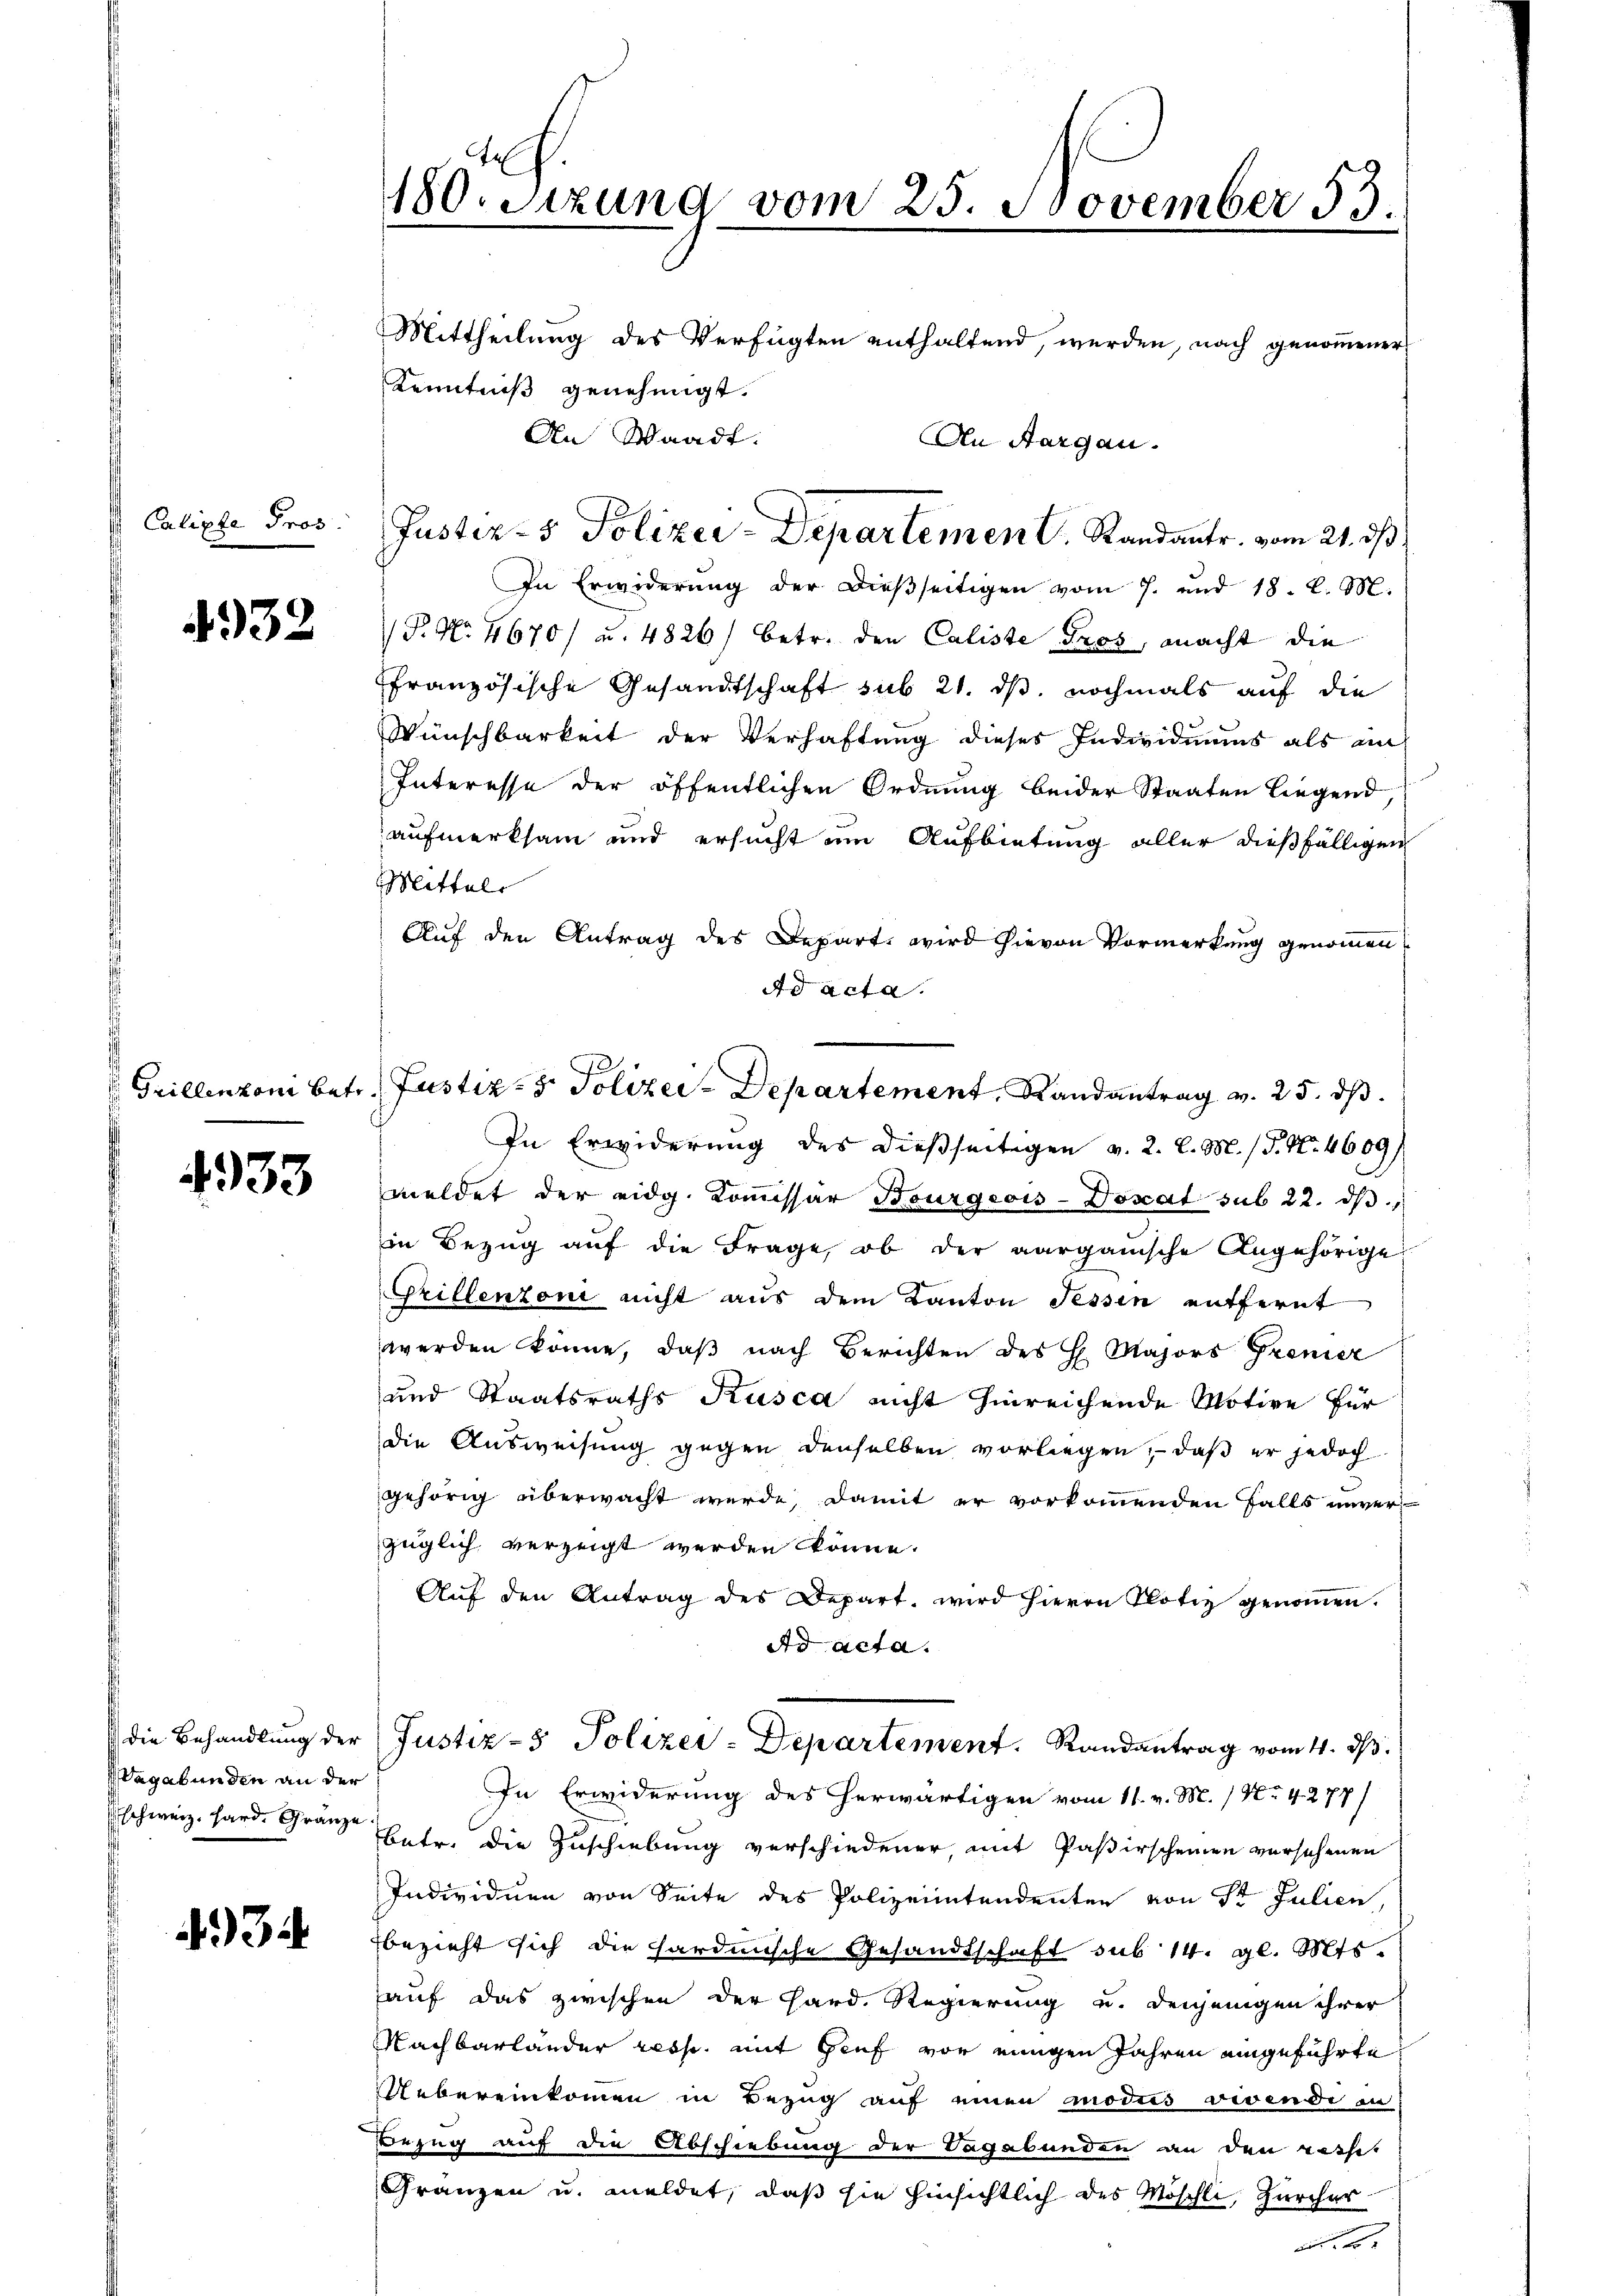
Calipte Pros.

4932

Grillenzoni betr

4933

die Behandlung der
Vagabunden an der
Erschweiz. Hard Gränze

34

10. Sitzung vom 25. November 53.
Mittheilung des Verfügten enthaltend, werden, nach genommener
Kenntniß genehmigt.
An Waadt.
An Aargau.

In Erwiderung der dieβseitigen vom 7. und 18. l. M.
 P. Nr. 4670/ u. 4826) betr. den Caliste Gros, macht die
ffranzösische Gesandtschaft sub 21. ds, nochmals auf die
Wünschbarkeit der Verhaftung dieses Individuums als an
Interesse der öffentlichen Ordnung beider Staaten liegend,
aufmerksam und ersucht um Aufbietung aller dießfälligen
Mittels
Auf den Antrag des Depart, wird hievon Vormerkung genommen
Ad acta.
In Erwiderung des dießseitigen v. 2. l. M. (T. N. 4609/
meldet der eidg. Kommissar Bourgeois-Doxat sub 22. dβ.
in Bezŭg aŭf die Frage, ob der aarganische Angehörige
Grillenzoni nicht aus dem Kanton Tessin entfernt
werden könne, daß nach Berichten des H. Majors Gronier
und Staatsraths Kusca nicht hinreichende Motive für
die Ausweisung gegen denselben vorliegen, daβ er jedoch
gehörig überwacht werde, damit er vorkommenden Falls unverzüglich verzeigt werden könne.
Aŭf den Antrag des Depart, wird hievon Notiz genoṁen.
Ad Acta.
Justiz-8 Polizei-Departement. Randantrag vom 4. d.
In Erwiderung des herwärtigen vom 11. v. M. / No 4274/
Betr. die Zuschiebung verschiedener mit Paßirscheinen versehenen
Individuen von Seite des Polizeientendenten von St. Julien,
bezieht sich die hardische Gesandtschaft sub 14. gl. Mts.
auf das zwischen der Hard. Regierung u. denjenigen ihrer
Nachbarländer resp. mit Genf vor einigen Jahren eingeführte
Uebereinkommen in Bezug auf einen modus vivende in
Bezug auf die Abschiebung der Vagabunden an den passet
Gränzen u. meldet, daß sie hinsichtlich des Möschli, Zürcher
.2.

Justiz- & Polizei-Departement. Standantr. vom 21. ds

Justiz- & Polizei-Departement, Randantrag v. 25. ds.